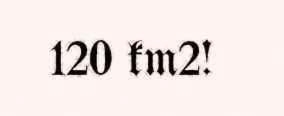
120 km2!